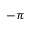
- \pi